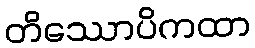
တိဿောပိကထာ